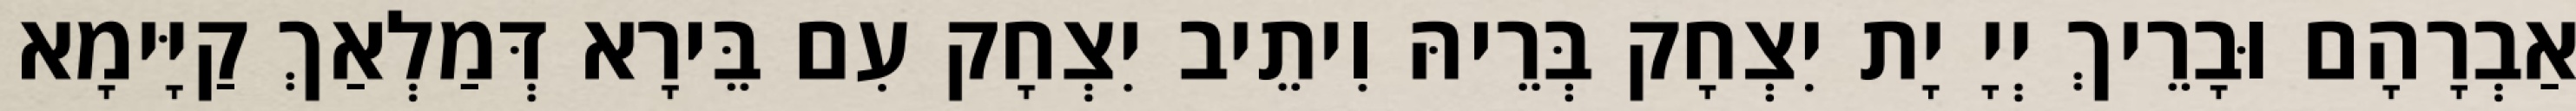
אַבְרָהָם וּבָרֵיךְ יְיָ יָת יִצְחָק בְּרֵיהּ וִיתֵיב יִצְחָק עִם בֵּירָא דְּמַלְאַךְ קַיָּימָא